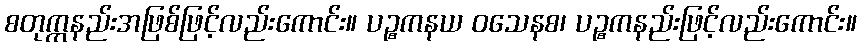
စတုက္ကနည်းအဖြစ်ဖြင့်လည်းကောင်း။ ပဉ္စကနယ ဝသေနစ၊ ပဉ္စကနည်းဖြင့်လည်းကောင်း။